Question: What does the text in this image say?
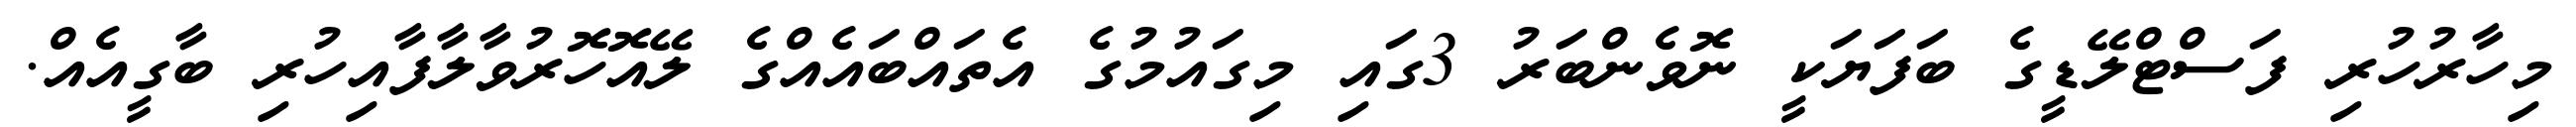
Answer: މިހާރުހުރި ފަސްޓްލޭޑީގެ ބަފަޔަކީ ނޮވެންބަރު 3ގައި މިގައުމުގެ އެތައްބައެއްގެ ލޭއޮހޮރުވާލާފާއިހުރި ބާގީއެއް.